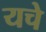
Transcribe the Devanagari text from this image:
यचे